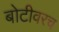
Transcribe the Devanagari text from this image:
बोटीवरच